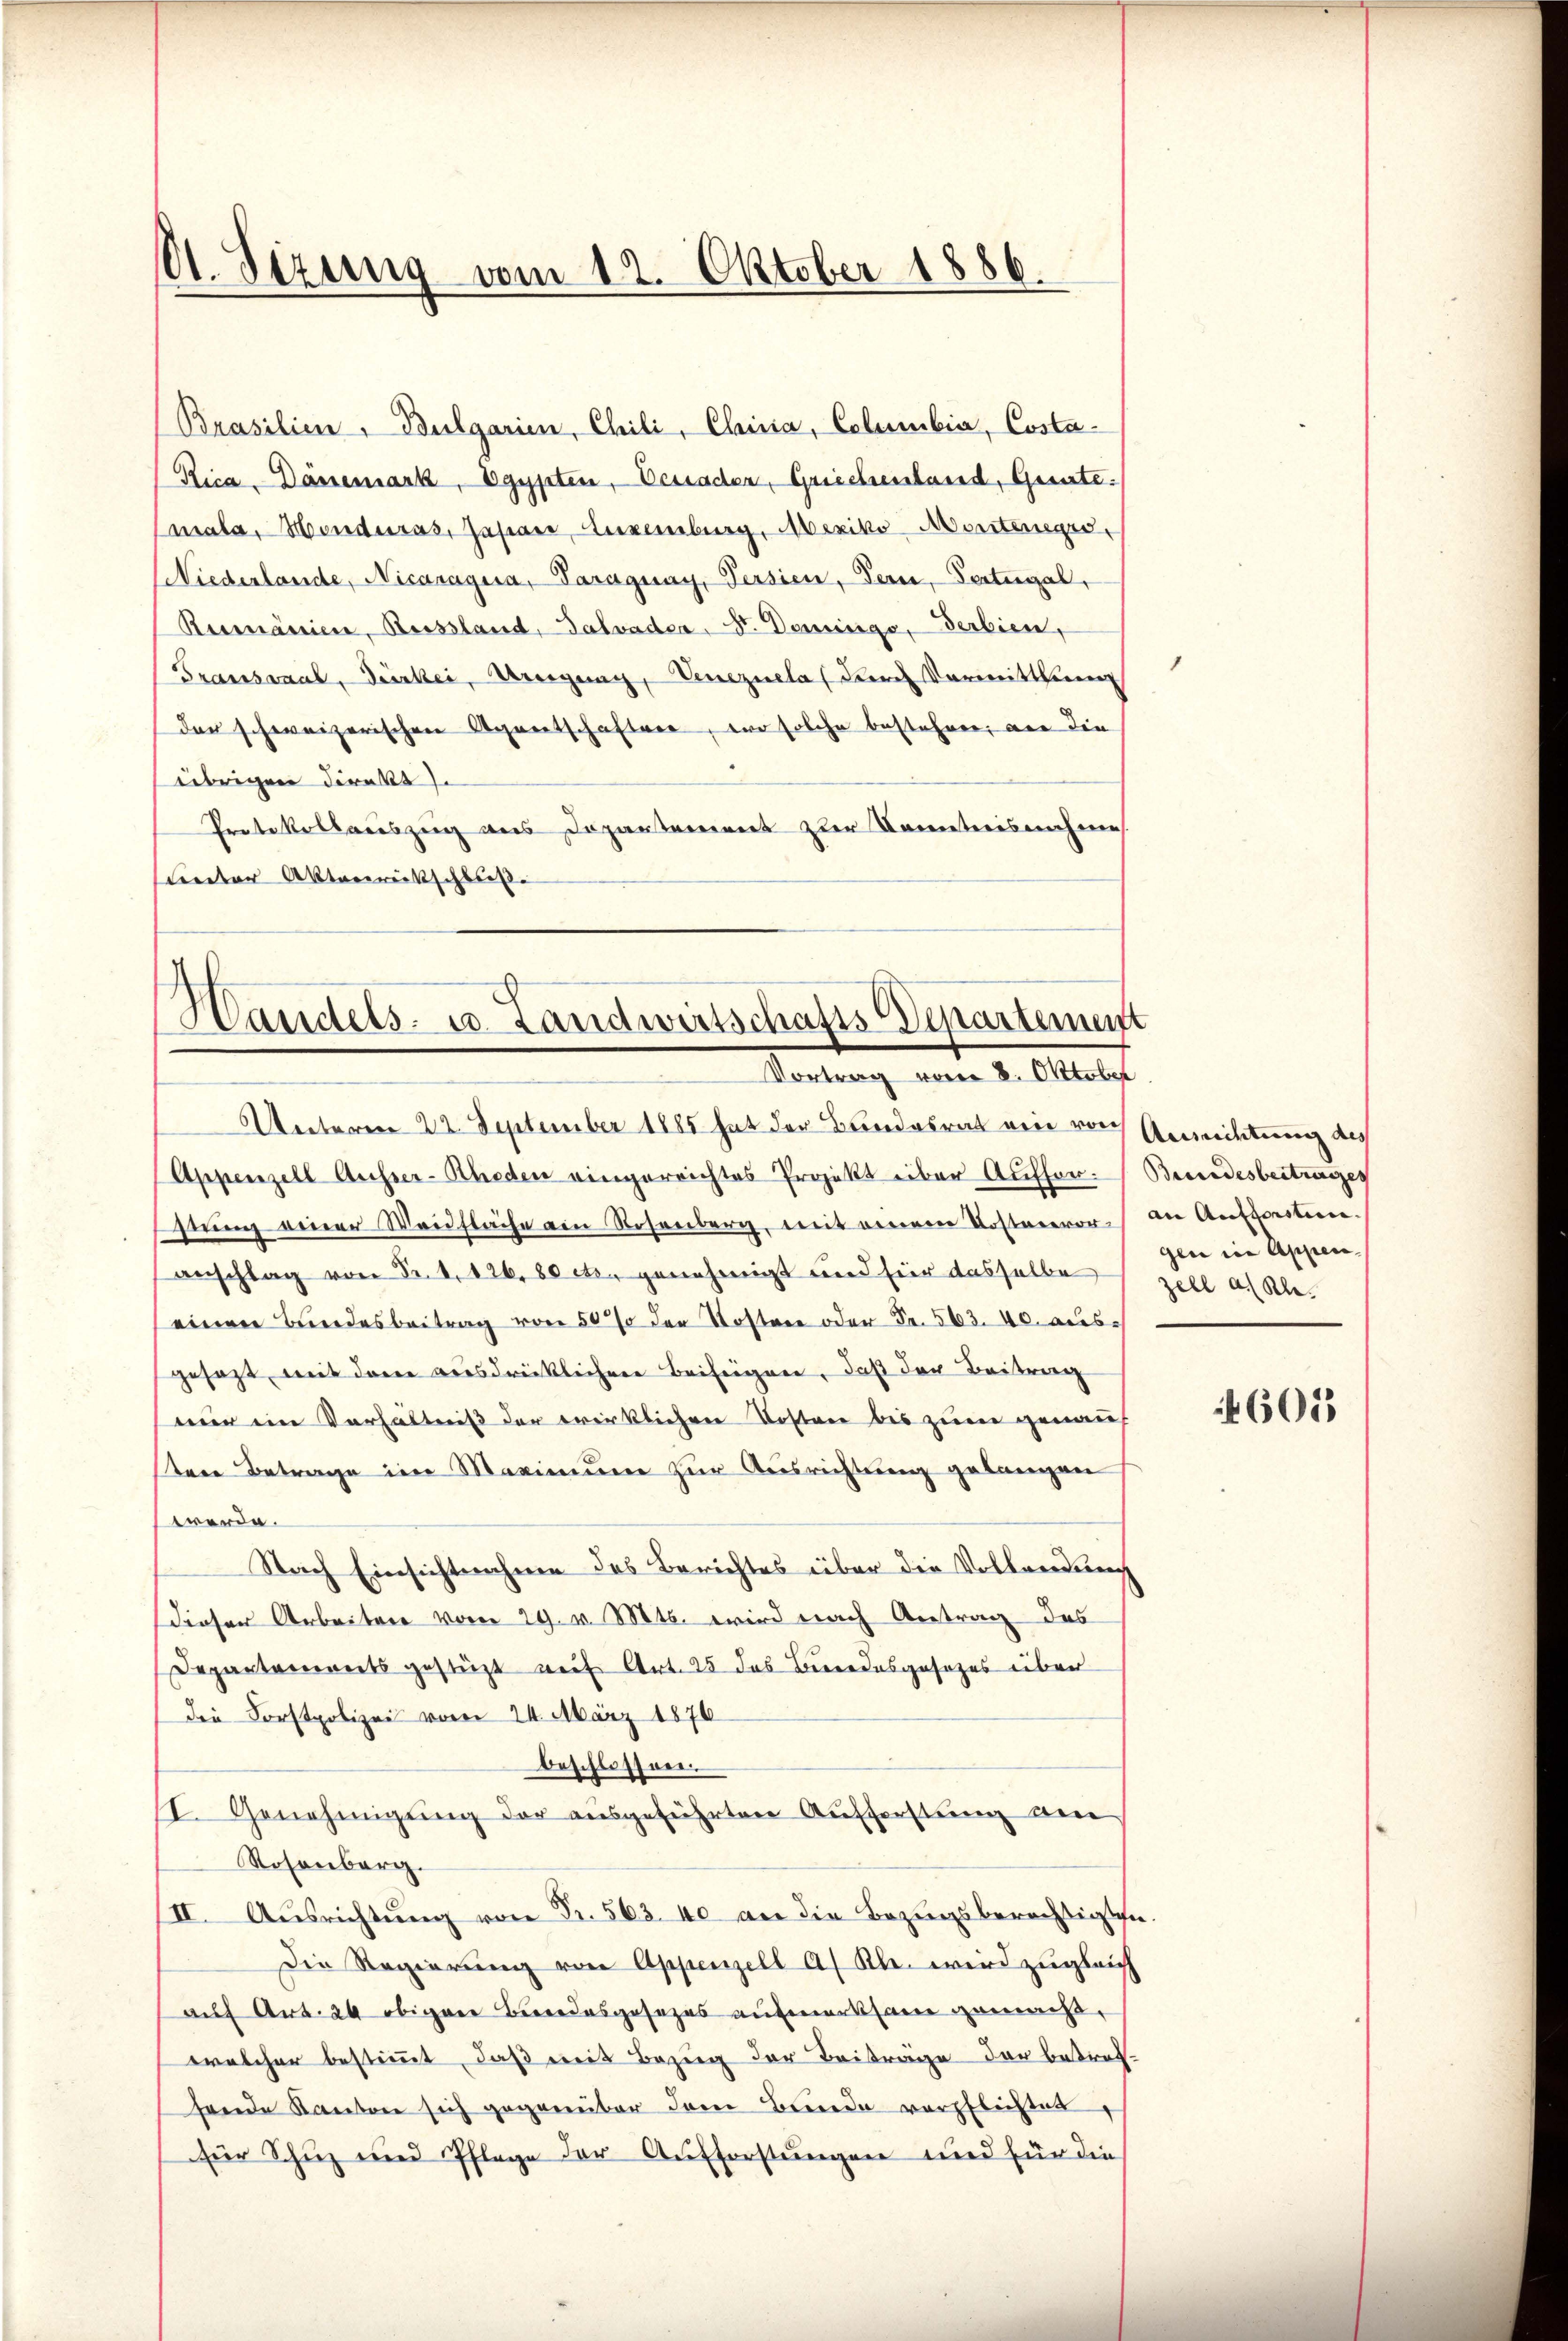
A. Sizung vom 12. Oktober 1886.

Brasilien - Bulgarien, Chili, Chinia, Columbia, Costa¬
Rica - Dänemark, Egypten, Benaden, Griechenland, Quite.
mala, Monduras, Japan, Luxenburg, Mexiko Montenegie¬
Niederlande, Nicaragua, Paraguay, Persien, Fern, Portugal,
Rumänien, Reissland, Salvader Dr. Dominge, Serbien,
Transsaal, Dürkei, Uneigung, Venezuela (durch Vormittlun
der schweizerischen Agentschaftere, wo solche bestehen, an die
übrigen direkt
Protokollariszeig aus Dozentement zur Kenntnisnahme
Ceter Aktenreitschluß

s
Handels- u. Landwirtschafts-Departement
Vortrag vom 8. Oktober

Unterm 22. September 1885 hat der Bundesrat eine von Gemeistung des
Appenzell Ausser-Scheden eingereichtes Projekt über Auffor- Benadesbeitrages
sing einer Waidfläche am Rosenberg, mit einem Kostenvoran Aufforsten.
anschlag von Fr. 4. 126.80 cts. genehmigt und hier dasselbe Zell als Kleeinen Bundesbeitrag von 50 % der Kosten oder Fr. 563. 40. ausgesezt, mit dem ausdrücklichen Beifügen, daß der Beitrag
nur im Verhältniß der wirklichen Kosten bis zum genauf
sten Betrage im Maximum zur Ausrichtung gelangen
werde.
Nach Einsichtnahme des Berichtes über die Vollwerden
dieser Arbeiten vom 29. v. Mts. wird nach Antrag des
Departements gestüzt auf Art. 25 das Bundesgesetzes über
Die Forstpolizei vom 24. März 1876
beschlossen.
II. Genehmigŭng der ausgeführten Aufferstung an
Rosenberg.
II. Ausrichtung von Fr. 563. 40 an die Bezugsberechtigten.
Die Regierung von Appenzell A/ Kl. wird zugleich
auf Art. 24 obiger Beerodesgesezes aufmerksam genmehr,
welcher bestimmt, daß mit Bezug der Beiträge der betref-
sende Kanton sich gegenüber dem Bunde verpflichtet
für Schuz und Pflege der Aufforstungen und für die

gen in Appen.

601